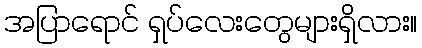
အပြာရောင် ရှပ်လေးတွေများရှိလား။